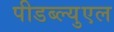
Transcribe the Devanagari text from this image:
पीडब्ल्युएल